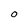
Character: O